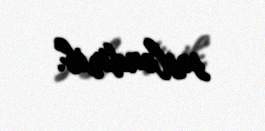
səsləndirib.